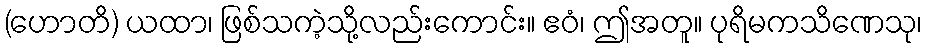
(ဟောတိ) ယထာ၊ ဖြစ်သကဲ့သို့လည်းကောင်း။ ဧဝံ၊ ဤအတူ။ ပုရိမကသိဏေသု၊